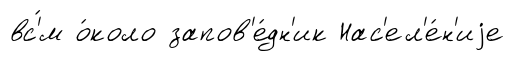
вс'́м о́коло запов'е́дн'ик Нас'ел'е́н'иjе